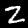
Label: 2